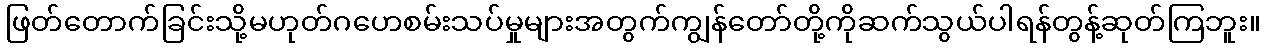
ဖြတ်တောက်ခြင်းသို့မဟုတ်ဂဟေစမ်းသပ်မှုများအတွက်ကျွန်တော်တို့ကိုဆက်သွယ်ပါရန်တွန့်ဆုတ်ကြဘူး။